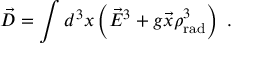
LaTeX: \vec { \cal D } = \int d ^ { 3 } x \left( \vec { E } ^ { 3 } + g \vec { x } \rho _ { \mathrm { r a d } } ^ { 3 } \right) \ .